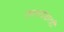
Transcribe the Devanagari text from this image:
कालखंडातही